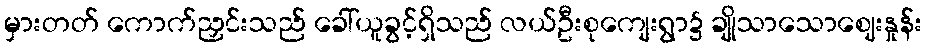
မှားတတ် ကောက်ညှင်းသည် ခေါ်ယူခွင့်ရှိသည် လယ်ဦးစုကျေးရွာ၌ ချိုသာသောဈေးနှုန်း